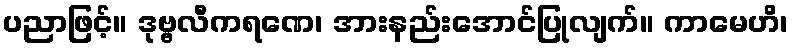
ပညာဖြင့်။ ဒုဗ္ဗလီကရဏေ၊ အားနည်းအောင်ပြုလျက်။ ကာမေဟိ၊